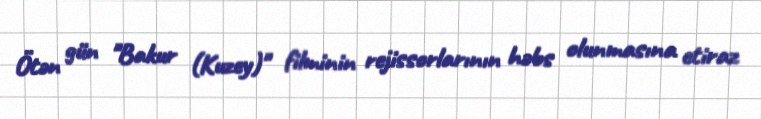
Ötən gün "Bakur (Kuzey)" filminin rejissorlarının həbs olunmasına etiraz